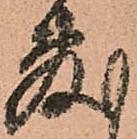
敷